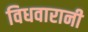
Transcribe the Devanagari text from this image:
विधवारानी